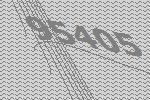
95405